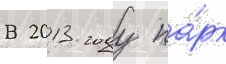
В 2013 году па́рк